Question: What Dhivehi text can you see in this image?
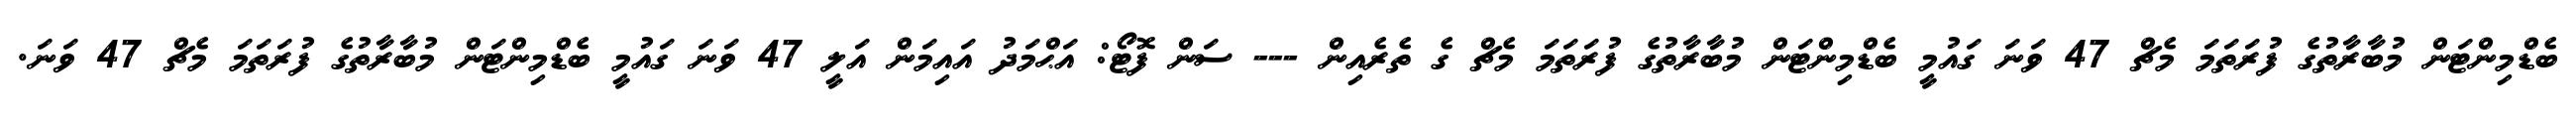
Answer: ބެޑްމިންޓަން މުބާރާތުގެ ފުރަތަމަ މެޗް 47 ވަނަ ގައުމީ ބެޑްމިންޓަން މުބާރާތުގެ ފުރަތަމަ މެޗް ގެ ތެރެއިން --- ސަން ފޮޓޯ: އަޙްމަދު އައިމަން އަލީ 47 ވަނަ ގައުމީ ބެޑްމިންޓަން މުބާރާތުގެ ފުރަތަމަ މެޗް 47 ވަނަ.